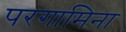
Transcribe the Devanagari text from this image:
परगामिना